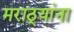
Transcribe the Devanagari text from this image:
मराठ्‍यांना